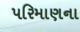
પરિમાણના